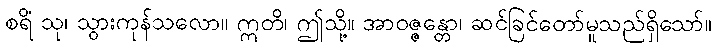
စရိံ သု၊ သွားကုန်သလော။ ဣတိ၊ ဤသို့။ အာဝဇ္ဇန္တော၊ ဆင်ခြင်တော်မူသည်ရှိသော်။